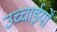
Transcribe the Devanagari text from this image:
उच्चाईयों